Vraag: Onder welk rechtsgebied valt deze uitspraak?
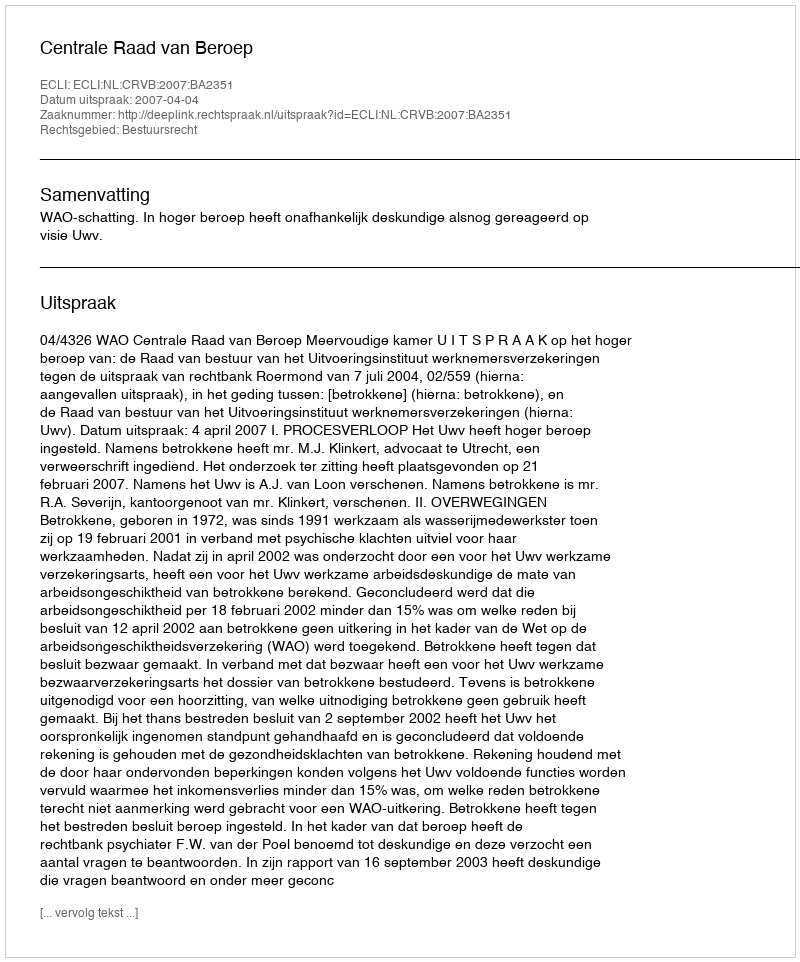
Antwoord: Bestuursrecht